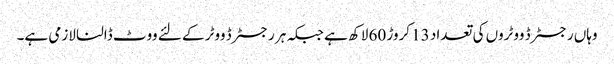
وہاں رجسٹرڈ ووٹروں کی تعداد 13 کروڑ 60 لاکھ ہے جبکہ ہر رجسٹرڈ ووٹر کے لئے ووٹ ڈالنا لازمی ہے۔